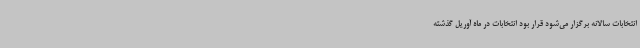
انتخابات سالانه برگزار می‌شود قرار بود انتخابات در ماه آوریل گذشته